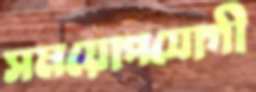
সময়োপযোগী